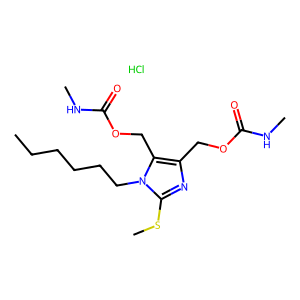
SMILES: CCCCCCn1c(SC)nc(COC(=O)NC)c1COC(=O)NC.Cl
Inhibits HIV replication: No